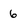
Character: 6